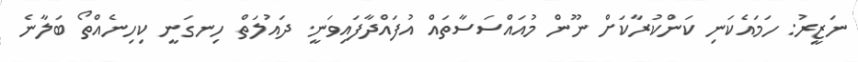
ނަޒީރު: ހަމައެކަނި ކަންކުރާކަށް ނޫން މުއައްސަސާތައް އުފައްދާފައިވަނީ. ދައުލަތް ހިނގަނީ ކިހިނެއްތޯ ބަލާނެ